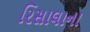
રિસાલાના